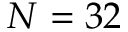
N = 3 2